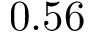
0 . 5 6